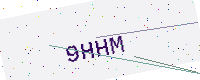
Text: 9HHM